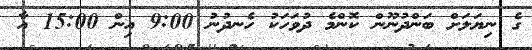
ގެ ނިޔަލަށް ބަންދުނޫން ކޮންމެ ދުވަހަކު ހެނދުނު 9:00 އިން 15:00 އާ